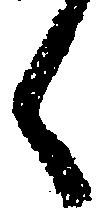
く